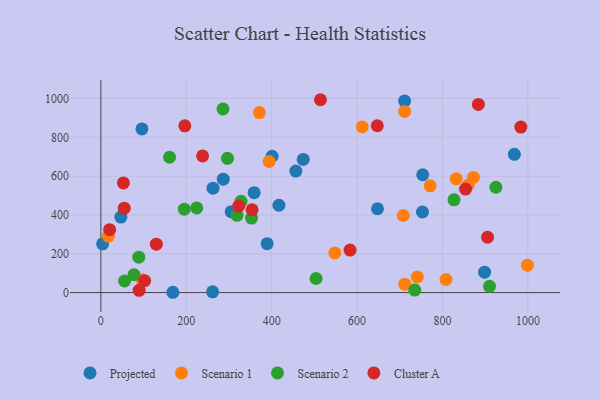
{"axis": {"x": "Study Hours", "y": "Fuel Efficiency"}, "legend": ["Cluster A", "Projected", "Scenario 1", "Scenario 2"], "data": [{"x": "96.2", "y": 843.4, "type": "Projected"}, {"x": "968.3", "y": 712.1, "type": "Projected"}, {"x": "358.9", "y": 514.8, "type": "Projected"}, {"x": "286.6", "y": 584.1, "type": "Projected"}, {"x": "261.6", "y": 3.9, "type": "Projected"}, {"x": "898.5", "y": 105.1, "type": "Projected"}, {"x": "262.6", "y": 538.0, "type": "Projected"}, {"x": "46.9", "y": 389.0, "type": "Projected"}, {"x": "4.1", "y": 250.9, "type": "Projected"}, {"x": "711.3", "y": 987.6, "type": "Projected"}, {"x": "753.7", "y": 607.1, "type": "Projected"}, {"x": "456.6", "y": 626.1, "type": "Projected"}, {"x": "401.0", "y": 702.4, "type": "Projected"}, {"x": "417.0", "y": 449.9, "type": "Projected"}, {"x": "389.4", "y": 251.9, "type": "Projected"}, {"x": "305.2", "y": 416.6, "type": "Projected"}, {"x": "647.8", "y": 431.8, "type": "Projected"}, {"x": "753.1", "y": 415.2, "type": "Projected"}, {"x": "168.6", "y": 1.5, "type": "Projected"}, {"x": "473.9", "y": 685.8, "type": "Projected"}, {"x": "394.0", "y": 675.4, "type": "Scenario 1"}, {"x": "741.1", "y": 80.3, "type": "Scenario 1"}, {"x": "17.6", "y": 291.0, "type": "Scenario 1"}, {"x": "808.3", "y": 67.4, "type": "Scenario 1"}, {"x": "832.0", "y": 586.0, "type": "Scenario 1"}, {"x": "711.9", "y": 43.1, "type": "Scenario 1"}, {"x": "96.7", "y": 66.3, "type": "Scenario 1"}, {"x": "708.1", "y": 397.2, "type": "Scenario 1"}, {"x": "371.2", "y": 927.3, "type": "Scenario 1"}, {"x": "612.1", "y": 853.5, "type": "Scenario 1"}, {"x": "872.5", "y": 593.5, "type": "Scenario 1"}, {"x": "547.8", "y": 204.1, "type": "Scenario 1"}, {"x": "860.4", "y": 553.9, "type": "Scenario 1"}, {"x": "771.1", "y": 549.9, "type": "Scenario 1"}, {"x": "711.4", "y": 933.3, "type": "Scenario 1"}, {"x": "998.8", "y": 141.1, "type": "Scenario 1"}, {"x": "735.0", "y": 12.9, "type": "Scenario 2"}, {"x": "224.5", "y": 435.9, "type": "Scenario 2"}, {"x": "55.5", "y": 59.6, "type": "Scenario 2"}, {"x": "328.3", "y": 470.5, "type": "Scenario 2"}, {"x": "827.0", "y": 477.9, "type": "Scenario 2"}, {"x": "160.9", "y": 697.2, "type": "Scenario 2"}, {"x": "503.9", "y": 72.6, "type": "Scenario 2"}, {"x": "77.5", "y": 92.0, "type": "Scenario 2"}, {"x": "286.0", "y": 945.8, "type": "Scenario 2"}, {"x": "925.1", "y": 542.7, "type": "Scenario 2"}, {"x": "88.8", "y": 182.3, "type": "Scenario 2"}, {"x": "318.8", "y": 398.1, "type": "Scenario 2"}, {"x": "352.8", "y": 383.6, "type": "Scenario 2"}, {"x": "910.2", "y": 31.9, "type": "Scenario 2"}, {"x": "296.4", "y": 691.5, "type": "Scenario 2"}, {"x": "195.3", "y": 429.8, "type": "Scenario 2"}, {"x": "54.7", "y": 434.9, "type": "Cluster A"}, {"x": "322.9", "y": 445.7, "type": "Cluster A"}, {"x": "89.6", "y": 11.7, "type": "Cluster A"}, {"x": "354.1", "y": 426.2, "type": "Cluster A"}, {"x": "514.2", "y": 993.6, "type": "Cluster A"}, {"x": "129.9", "y": 249.1, "type": "Cluster A"}, {"x": "983.5", "y": 852.6, "type": "Cluster A"}, {"x": "854.0", "y": 533.2, "type": "Cluster A"}, {"x": "20.6", "y": 323.8, "type": "Cluster A"}, {"x": "196.6", "y": 859.3, "type": "Cluster A"}, {"x": "583.5", "y": 218.8, "type": "Cluster A"}, {"x": "52.8", "y": 565.0, "type": "Cluster A"}, {"x": "905.6", "y": 285.0, "type": "Cluster A"}, {"x": "884.0", "y": 969.3, "type": "Cluster A"}, {"x": "238.2", "y": 703.8, "type": "Cluster A"}, {"x": "102.5", "y": 61.3, "type": "Cluster A"}, {"x": "647.2", "y": 859.6, "type": "Cluster A"}]}